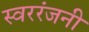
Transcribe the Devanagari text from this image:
स्वररंजनी